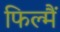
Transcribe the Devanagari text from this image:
फिल्मैं